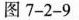
图7-2-9